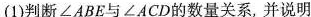
(1)判断∠ABE与∠ACD的数量关系，并说明